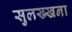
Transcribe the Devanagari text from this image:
सुलख्खना